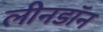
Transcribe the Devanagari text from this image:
लीनडॉन